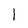
Character: 1